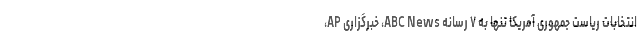
انتخابات ریاست جمهوری آمریکا تنها به ۷ رسانه ABC News، خبرگزاری AP،